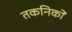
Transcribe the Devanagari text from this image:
तकनिकों